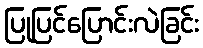
ပြုပြင်ပြောင်းလဲခြင်း